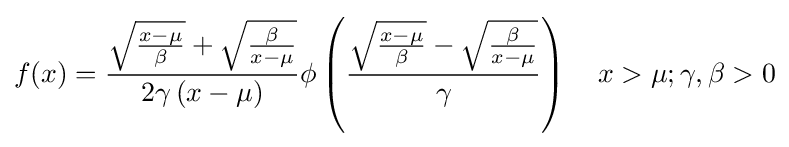
f(x)={\frac {{\sqrt {\frac {x-\mu }{\beta }}}+{\sqrt {\frac {\beta }{x-\mu }}}}{2\gamma \left(x-\mu \right)}}\phi \left({\frac {{\sqrt {\frac {x-\mu }{\beta }}}-{\sqrt {\frac {\beta }{x-\mu }}}}{\gamma }}\right)\quad x>\mu ;\gamma ,\beta >0